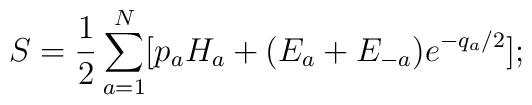
S = {1 \over 2} \sum_{a=1}^{N}[p_aH_a + (E_a+E_{-a}) {e^{-q_a/2}}];